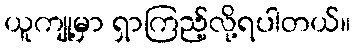
ယူကျု့မှာ ရှာကြည့်လို့ရပါတယ်။